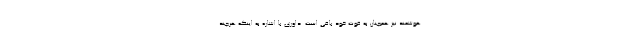
هوشمند نیز همچنان به قوت خود باقی است. داوری با اشاره به اینکه هرچند